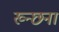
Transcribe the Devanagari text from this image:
ख्न्छना